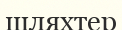
шляхтер